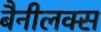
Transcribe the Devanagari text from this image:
बैनीलक्स